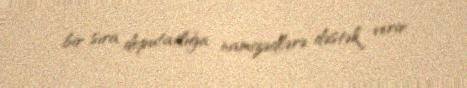
bir sıra deputatlığa namizədlərə dəstək verir.